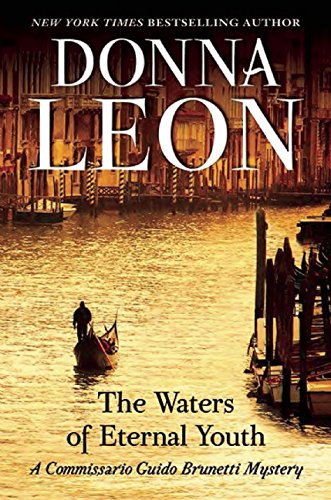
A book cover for The Waters of Eternal Youth (Guido Brunetti); Donna Leon; Mystery, Thriller & Suspense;